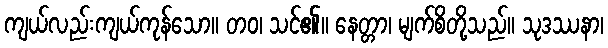
ကျယ်လည်းကျယ်ကုန်သော။ တဝ၊ သင်၏။ နေတ္တာ၊ မျက်စိတို့သည်။ သုဒဿနာ၊